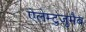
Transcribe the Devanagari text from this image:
ऐलेम्टुज़ुमैब